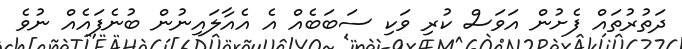
ދަތުރުތައް ފެށުން އަވަސް ކުރި ވަކި ސަބަބެއް އެ އެއާލައިނުން ބުނެފައެއް ނުވެ